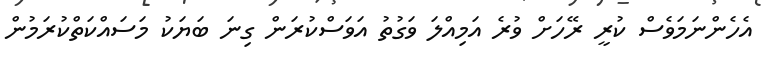
އެހެންނަމަވެސް ކުރީ ރޭހަށް ވުރެ އަމިއްލަ ވަގުތު އަވަސްކުރަން ގިނަ ބަޔަކު މަސައްކަތްކުރަމުން